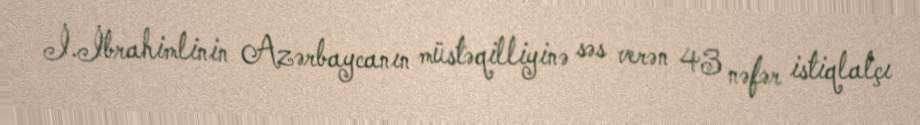
İ.İbrahimlinin Azərbaycanın müstəqilliyinə səs verən 43 nəfər istiqlalçı